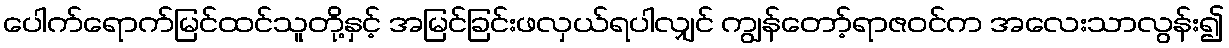
ပေါက်ရောက်မြင်ထင်သူတို့နှင့် အမြင်ခြင်းဖလှယ်ရပါလျှင် ကျွန်တော့်ရာဇဝင်က အလေးသာလွန်း၍